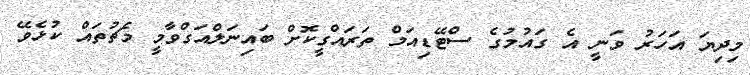
މިދިޔަ އަހަރު ވަނީ އެ ގައުމުގެ ސްޓޭޑިއަމް ތަރައްގީކޮށް ބައިނަލްއަގްވާމީ މެޗުތައް ކުޅެވޭ